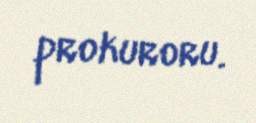
prokuroru.